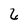
Character: 6